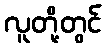
လူတို့တွင်